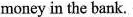
money in the bank.